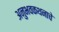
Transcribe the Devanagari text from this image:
अनुभवकथनाचे